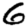
Digit: 6